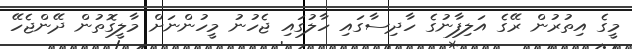
މީގެ އިތުރުން ރޭގެ އަލިފާނުގެ ހާދިސާގައި ހާލުގައި ޖެހުނު މީހުންނަށް މާލީގޮތުން ދޭންޖެހޭ